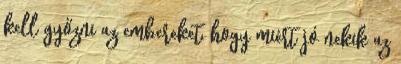
kell győzni az embereket, hogy miért jó nekik az